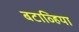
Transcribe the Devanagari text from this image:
बटाव्हिया